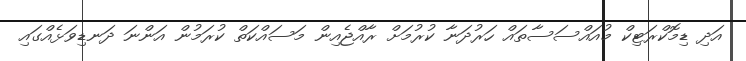
އަދި ޑިމޮކްރަޓިކް މުއައްސަސާތައް ހަރުދަނާ ކުރުމަށް ރާއްޖެއިން މަސައްކަތް ކުރަމުން އަންނަ ދަނޑިވަޅެއްގައި